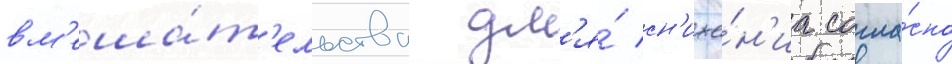
вм'еша́т'ельства дл'я́ сн'иже́н'иа согла́сно